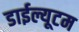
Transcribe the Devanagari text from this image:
डाईल्यूटम